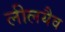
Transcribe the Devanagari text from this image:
लीलयैव